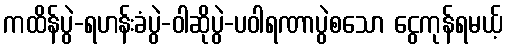
ကထိန်ပွဲ-ရဟန်းခံပွဲ-ဝါဆိုပွဲ-ပဝါရဏာပွဲစသော ငွေကုန်ရမယ့်